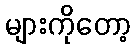
များကိုတော့